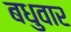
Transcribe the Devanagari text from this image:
बधुवार